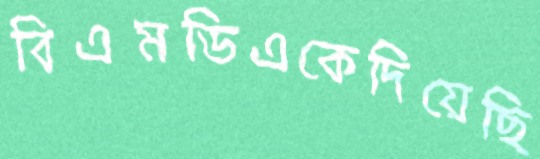
বিএমডিএকেদিয়েছি